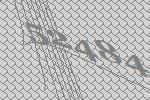
52484